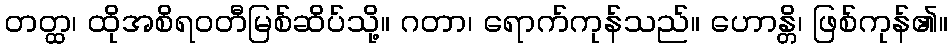
တတ္ထ၊ ထိုအစိရဝတီမြစ်ဆိပ်သို့။ ဂတာ၊ ရောက်ကုန်သည်။ ဟောန္တိ၊ ဖြစ်ကုန်၏။